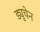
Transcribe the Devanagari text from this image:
ड्युचेन